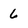
Character: 6